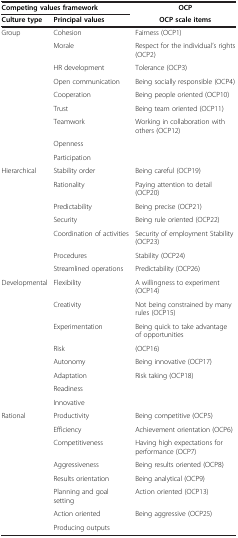
<table><thead><tr><td colspan="2"><b>Competing values framework</b></td><td><b>OCP</b></td></tr><tr><td><b>Culture type</b></td><td><b>Principal values</b></td><td><b>OCP scale items</b></td></tr></thead><tbody><tr><td rowspan="9">Group</td><td>Cohesion</td><td>Fairness (OCP1)</td></tr><tr><td>Morale</td><td>Respect for the individual’s rights (OCP2)</td></tr><tr><td>HR development</td><td>Tolerance (OCP3)</td></tr><tr><td>Open communication</td><td>Being socially responsible (OCP4)</td></tr><tr><td>Cooperation</td><td>Being people oriented (OCP10)</td></tr><tr><td>Trust</td><td>Being team oriented (OCP11)</td></tr><tr><td>Teamwork</td><td>Working in collaboration with others (OCP12)</td></tr><tr><td>Openness</td><td> </td></tr><tr><td>Participation</td><td> </td></tr><tr><td rowspan="7">Hierarchical</td><td>Stability order</td><td>Being careful (OCP19)</td></tr><tr><td>Rationality</td><td>Paying attention to detail (OCP20)</td></tr><tr><td>Predictability</td><td>Being precise (OCP21)</td></tr><tr><td>Security</td><td>Being rule oriented (OCP22)</td></tr><tr><td>Coordination of activities</td><td>Security of employment Stability (OCP23)</td></tr><tr><td>Procedures</td><td>Stability (OCP24)</td></tr><tr><td>Streamlined operations</td><td>Predictability (OCP26)</td></tr><tr><td rowspan="8">Developmental</td><td>Flexibility</td><td>A willingness to experiment (OCP14)</td></tr><tr><td>Creativity</td><td>Not being constrained by many rules (OCP15)</td></tr><tr><td>Experimentation</td><td>Being quick to take advantage of opportunities</td></tr><tr><td>Risk</td><td>(OCP16)</td></tr><tr><td>Autonomy</td><td>Being innovative (OCP17)</td></tr><tr><td>Adaptation</td><td>Risk taking (OCP18)</td></tr><tr><td>Readiness</td><td> </td></tr><tr><td>Innovative</td><td> </td></tr><tr><td rowspan="8">Rational</td><td>Productivity</td><td>Being competitive (OCP5)</td></tr><tr><td>Efficiency</td><td>Achievement orientation (OCP6)</td></tr><tr><td>Competitiveness</td><td>Having high expectations for performance (OCP7)</td></tr><tr><td>Aggressiveness</td><td>Being results oriented (OCP8)</td></tr><tr><td>Results orientation</td><td>Being analytical (OCP9)</td></tr><tr><td>Planning and goal setting</td><td>Action oriented (OCP13)</td></tr><tr><td>Action oriented</td><td>Being aggressive (OCP25)</td></tr><tr><td>Producing outputs</td><td> </td></tr></tbody></table>